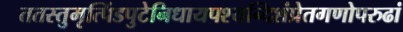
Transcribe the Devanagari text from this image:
ततस्तुमृत्पिंडपुटेनिधायपश्यन्दिशंप्रेतगणोपरुढां